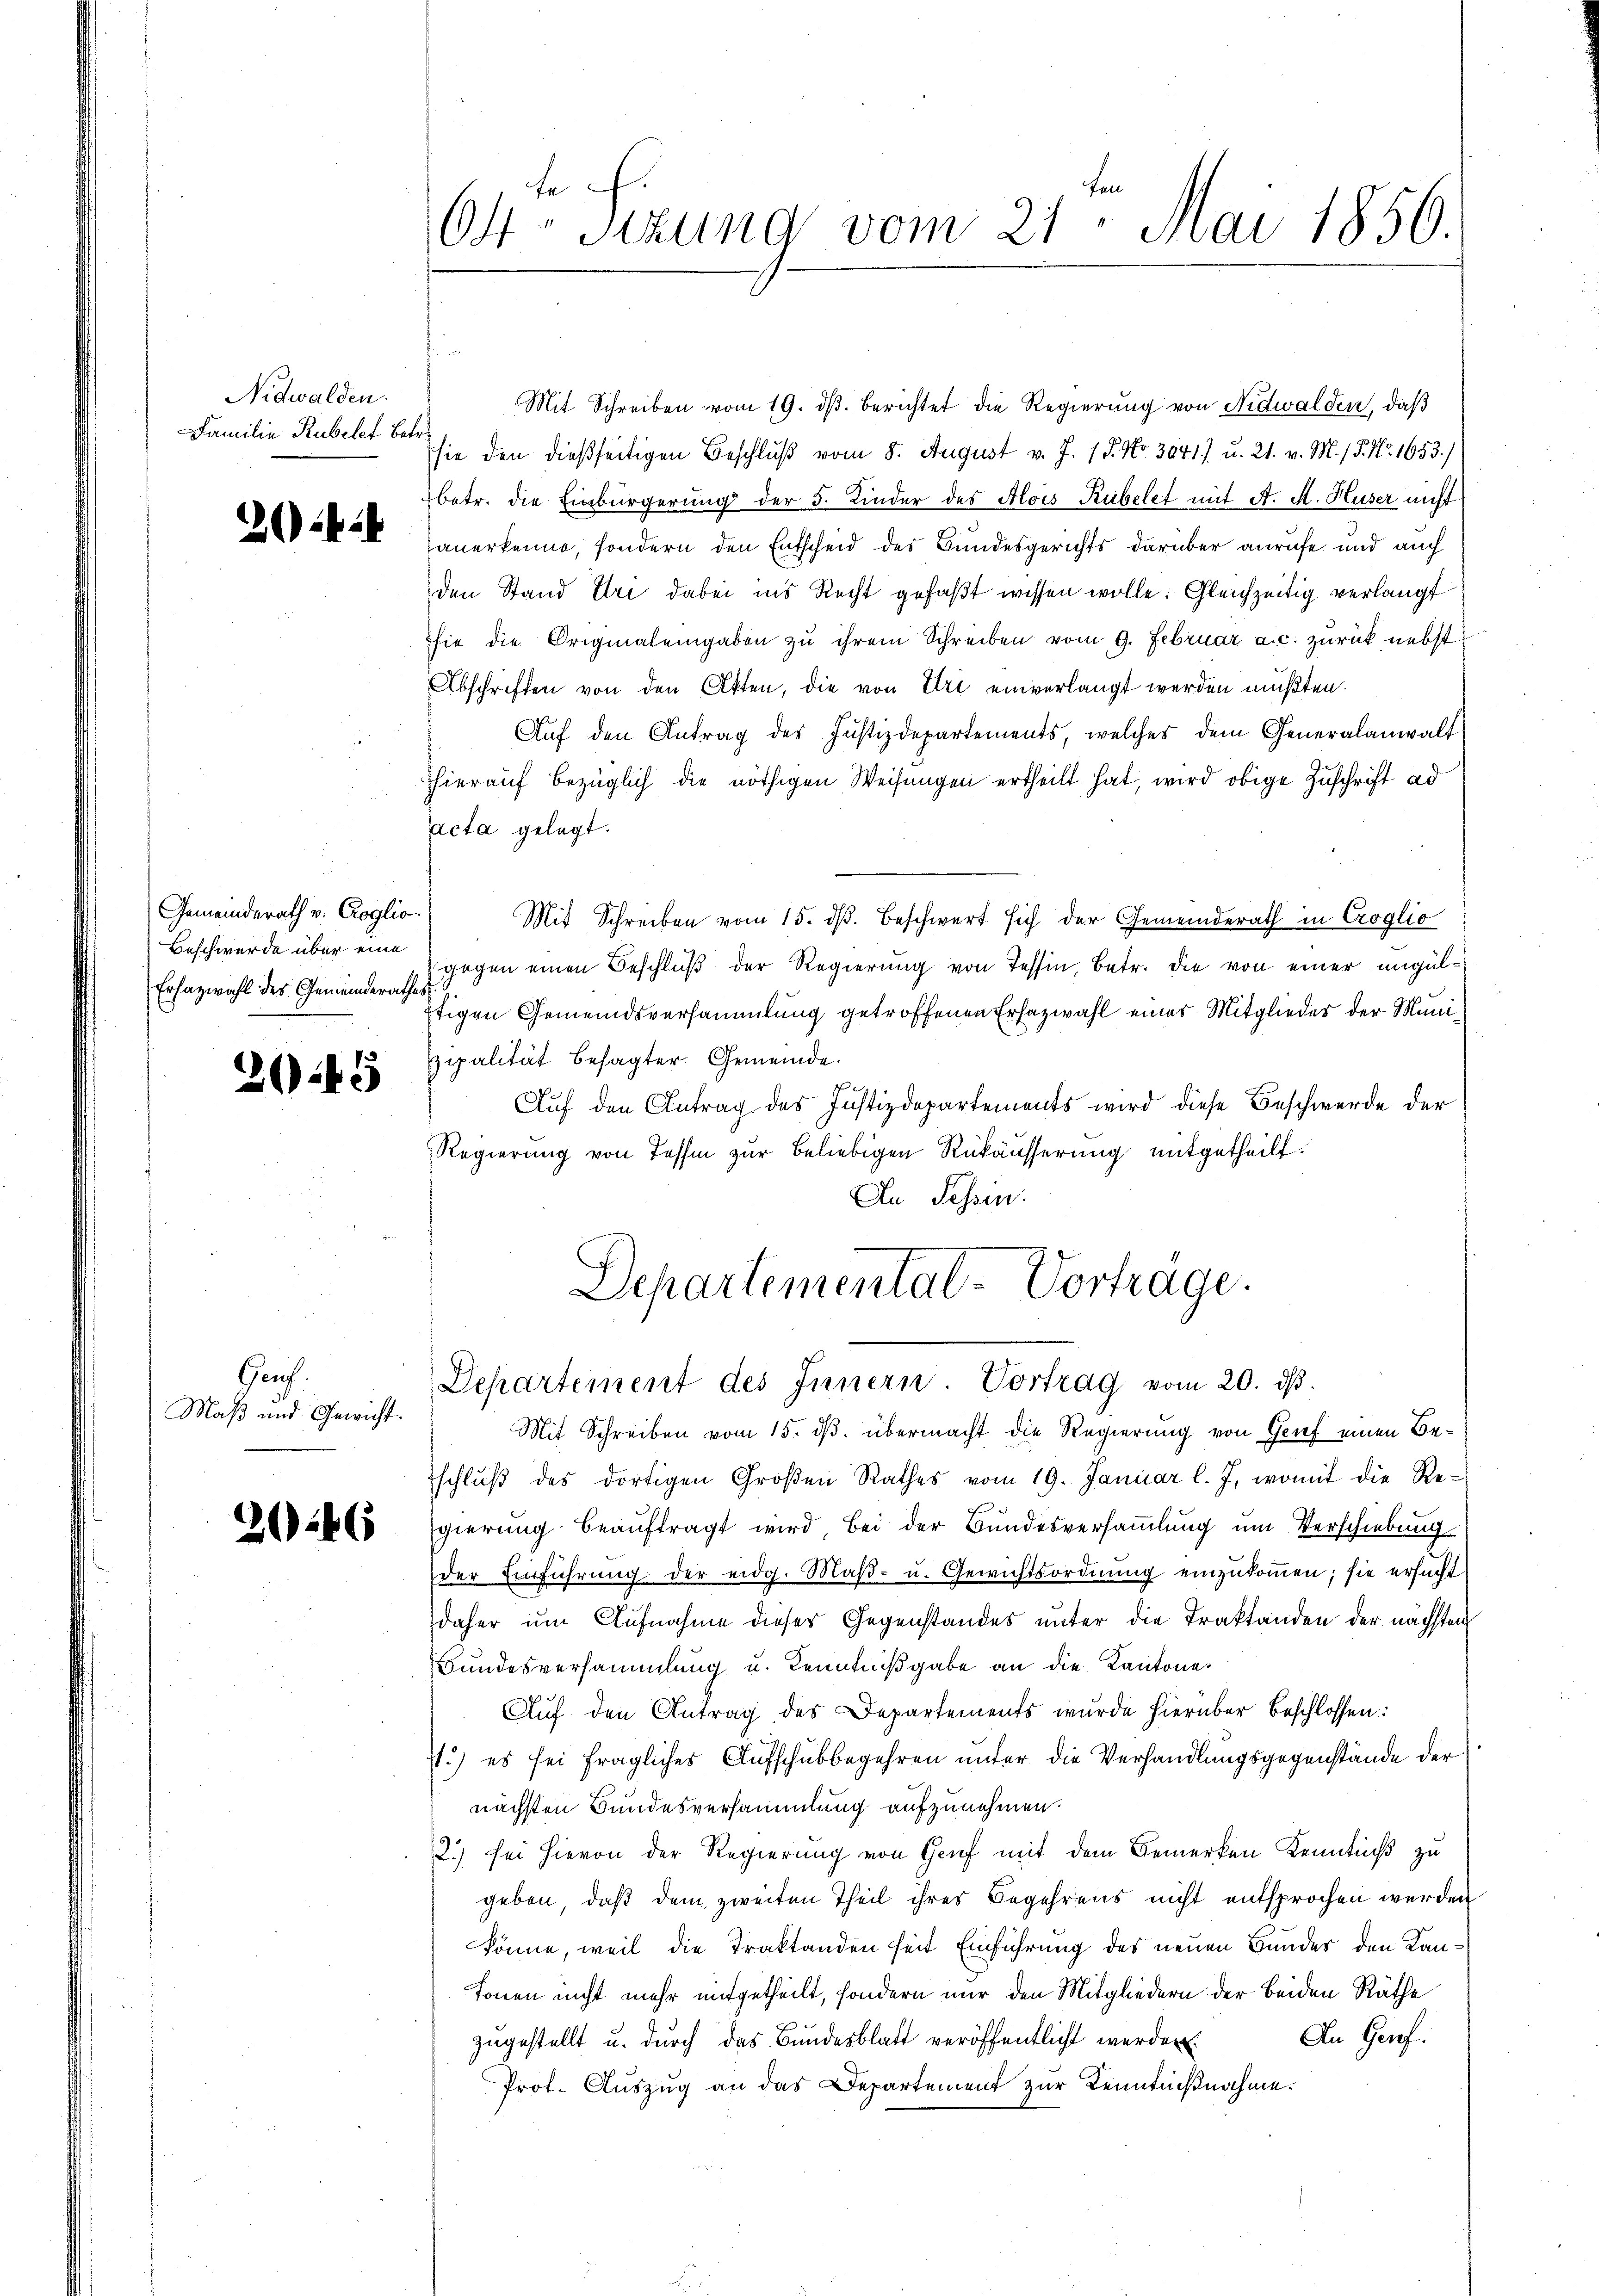
Nidwalden.
Familie Rubelf betr.

4

Gemeinderath v. Croglio
Beschwerde über eine
Erhazwahl des Gemeinderathes

3045

Gruf.
Maß und Gewicht.

2246

64 sizung vom 21. Mai 1856.

Mit Schreiben vom 19. dβ. Berichtet die Regierung von Nidwalden, daß
sie den dießseitigen Beschluß vom 8. August v. J. 1 P. Nr. 3071) u. 21. v. M. / P. Nr. 1653.)
betr. die Einbürgerung der 5. Kinder des Alois Rübelet mit A. M. Huser nicht
hauerkenne, sondern den Entscheid des Bundesgerichts darüber anrufe und auch
den Stand Uri dabei ins Recht gefaβt wissen wolle. Gleichzeitig verlangt
hie die Originalengaben zu ihrem Schreiben vom 9. Februar a. c. zurück nebst
Abschriften von den Akten, die von Uri einverlangt werden mußten.
Aŭf den Antrag des Justizdepartements, welches dem Generalanwalt
hieraŭf bezüglich die nöthigen Weisŭngen ertheilt hat, wird obige Zuschrift ad
acta gelegt.
Mit Schreiben vom 15. d. Beschwert sich der Gemeinderath in Croglio
gegen einen Beschluß der Regierung von Tessin, Betr. die von einer ungülftigen Gemeindsversammlung getroffenen Erfazwahl eines Mitgliedes der Munizipalität besagter Gemeinde.
Auf den Antrag des Justizdepartements wird diese Beschwerde der
Regierung von Tessin zur Beliebigen Rükäusserung mitgetheilt.
An Tessin.

Departemental-Vorträge.
Departement des Innern. Vortrag vom 20. dβ.

Mit Schreiben vom 15. ds. übermacht die Regierung von Grief einen Beschlŭβ des dortigen Großen Rathes vom 19. Januar l. J. womit die Regierung beauftragt wird bei der Bundesversammlung um Verschiebung
der Einführung der eidg. Maβ- u. Gewichtsordnung einzukommen; sie ersucht
daher um Aufnahme dieser Gegenstandes unter die Traktanden der nächsten
Bundesversammlung u. Kenntnißgabe an die Kantone
Auf den Antrag des Departements wurde hierüber beschlossen:
7.) es sei fragliches Aufschubbegehren unter die Verhandlungsgegenstände der
nächsten Bundesversammlung aufzunehmen.
2.) sei hievon der Regierung von Genf mit dem Bemerken Kenntniß zu
geben, daß dem zweiten Theil ihres Begehrens nicht entsprochen werden
könne, weil die Traktanden seit Einführung des neuen Bundes den Kantonen nicht mehr mitgetheilt, sondern nur den Mitgliedern der beiden Räthe
An Geref.
zugestellt u. durch das Bundesblatt veröffentlicht werden.
Prof. Auszug an das Departement zur Kenntnißnahme.